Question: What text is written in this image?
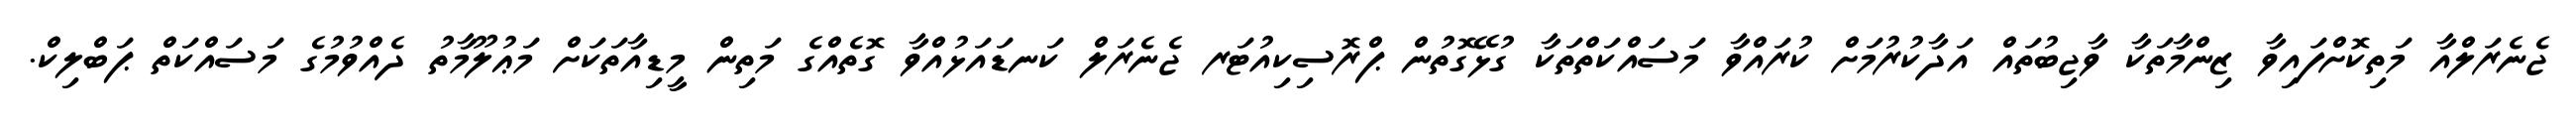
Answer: ޖެނެރަލްއާ މަތިކޮށްފައިވާ ޒިންމާތަކާ ވާޖިބުތައް އަދާކުރުމަށް ކުރައްވާ މަސައްކަތްތަކާ ގުޅޭގޮތުން ޕްރޮސިކިއުޓަރ ޖެނެރަލް ކަނޑައަޅުއްވާ ގޮތެއްގެ މަތިން މީޑިއާތަކަށް މަޢުލޫމާތު ދެއްވުމުގެ މަސައްކަތް ޕަބްލިކް.